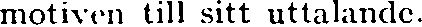
motiven till sitt uttalande.